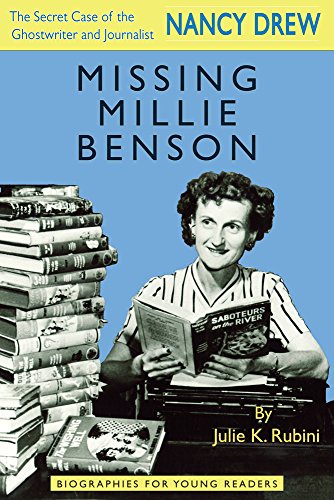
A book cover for Missing Millie Benson: The Secret Case of the Nancy Drew Ghostwriter and Journalist (Biographies for Young Readers); Julie K. Rubini; Children's Books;